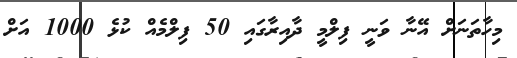
މިހާތަނަށް އޭނާ ވަނީ ފިލްމީ ދާއިރާގައި 50 ފިލްމެއް ކުޅެ 1000 އަށް